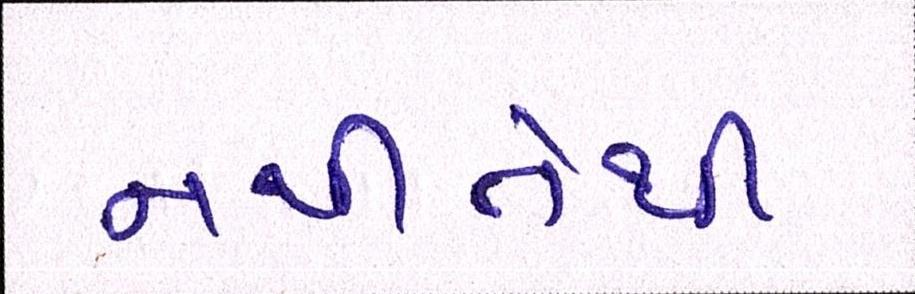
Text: નથીતેથી